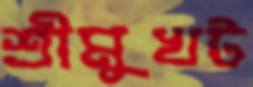
শ্রীমুখট